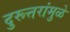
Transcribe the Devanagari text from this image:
दुरूत्तरांमुळे